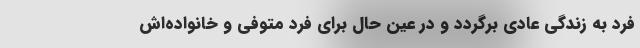
فرد به زندگی عادی برگردد و در عین حال برای فرد متوفی و خانواده‌اش